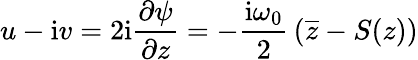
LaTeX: u-\mathrm{i}v=2\mathrm{i}{\frac{\partial\psi}{\partial z}}=-{\frac{\mathrm{i}\omega_{0}}{2}}\left(\overline{{z}}-S(z)\right)